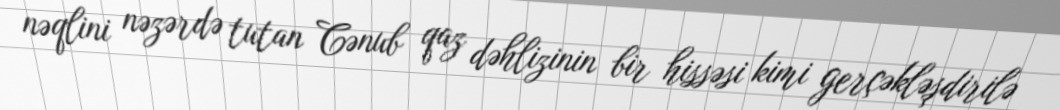
nəqlini nəzərdə tutan Cənub qaz dəhlizinin bir hissəsi kimi gerçəkləşdirilə